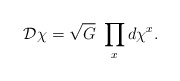
\begin{align*}{\cal D} \chi = \sqrt{G}\ \prod_x d\chi^x.\end{align*}